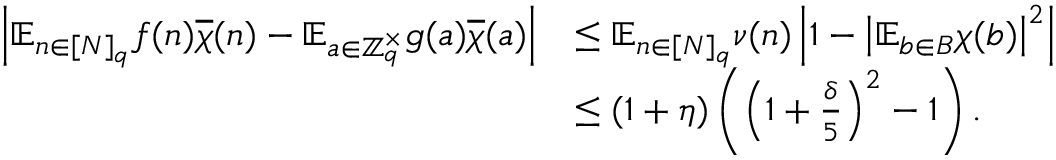
\begin{array} { r l } { \left| \mathbb { E } _ { n \in [ N ] _ { q } } f ( n ) \overline { { \chi } } ( n ) - \mathbb { E } _ { a \in \mathbb { Z } _ { q } ^ { \times } } g ( a ) \overline { { \chi } } ( a ) \right| } & { \leq \mathbb { E } _ { n \in [ N ] _ { q } } \nu ( n ) \left| 1 - \left| \mathbb { E } _ { b \in B } \chi ( b ) \right| ^ { 2 } \right| } \\ & { \leq ( 1 + \eta ) \left( \left( 1 + \frac { \delta } { 5 } \right) ^ { 2 } - 1 \right) . } \end{array}